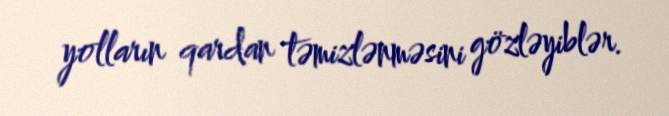
yolların qardan təmizlənməsini gözləyiblər.